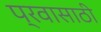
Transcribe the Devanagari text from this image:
प्रवासाठी